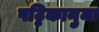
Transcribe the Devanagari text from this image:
पट्टिकानुमा